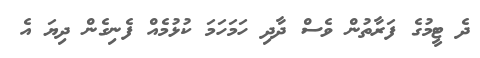
ދެ ޓީމުގެ ފަރާތުން ވެސް ދާދި ހަމަހަމަ ކުޅުމެއް ފެނިގެން ދިޔަ އެ